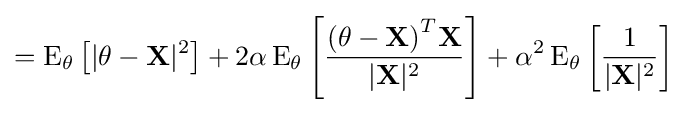
=\operatorname {E} _{\theta }\left[|\mathbf {\theta -X} |^{2}\right]+2\alpha \operatorname {E} _{\theta }\left[{\frac {\mathbf {(\theta -X)} ^{T}\mathbf {X} }{|\mathbf {X} |^{2}}}\right]+\alpha ^{2}\operatorname {E} _{\theta }\left[{\frac {1}{|\mathbf {X} |^{2}}}\right]